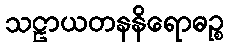
သဠာယတနနိရောဓဉ္စ